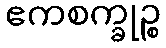
ဧကစက္ခုဉ္စ